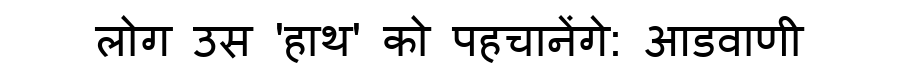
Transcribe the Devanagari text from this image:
लोग उस 'हाथ' को पहचानेंगे: आडवाणी